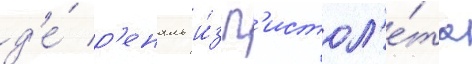
д'е́ р'еналь и́з п'истол'е́та